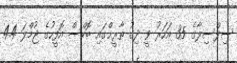
ސިލްސިލާގެ 35 އަހަރު ވީ ދިގު ތާރީޚްގައި ބޮކްސް އޮފީހުގެ ޖުމްލަ 4.4